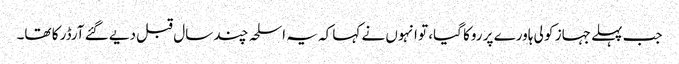
جب پہلے جہاز کو لی ہاورے پر روکا گیا، تو انہوں نے کہا کہ یہ اسلحہ چند سال قبل دیے گئے آرڈر کا تھا۔